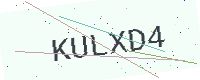
Text: KULXD4